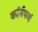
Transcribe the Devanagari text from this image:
कॉर्नफर्थ